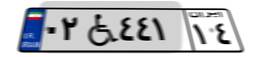
۰۲W۴۴۱۱۴